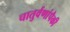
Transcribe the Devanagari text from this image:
चातुर्वणांपैकी